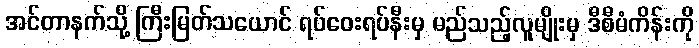
အင်တာနက်သို့ ကြီးမြတ်သယောင် ရပ်ဝေးရပ်နီးမှ မည်သည့်လူမျိုးမှ ဒီစီမံကိန်းကို